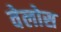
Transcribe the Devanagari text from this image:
वेलोस